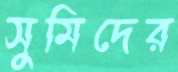
সুমিদের